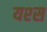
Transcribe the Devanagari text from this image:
यश्स